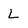
Character: L